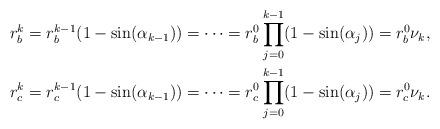
LaTeX: \begin{align*}r_b^k = r_b^{k-1} (1-\sin(\alpha_{k-1})) = \cdots = r_b^0 \prod_{j=0}^{k-1} (1-\sin(\alpha_j))= r_b^0 \nu_k, \\r_c^k = r_c^{k-1} (1-\sin(\alpha_{k-1})) = \cdots = r_c^0 \prod_{j=0}^{k-1} (1-\sin(\alpha_j))= r_c^0 \nu_k. \end{align*}